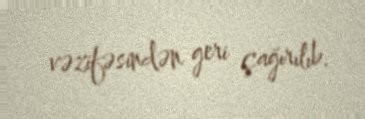
vəzifəsindən geri çağırılıb.